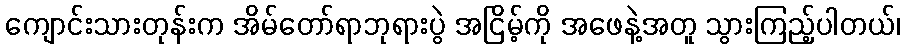
ကျောင်းသားတုန်းက အိမ်တော်ရာဘုရားပွဲ အငြိမ့်ကို အဖေနဲ့အတူ သွားကြည့်ပါတယ်၊